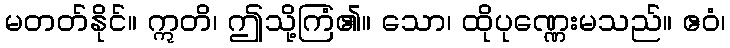
မတတ်နိုင်။ ဣတိ၊ ဤသို့ကြံ၏။ သော၊ ထိုပုဏ္ဏေးမသည်။ ဧဝံ၊